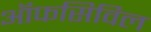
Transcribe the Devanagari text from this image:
ऑफसिविल